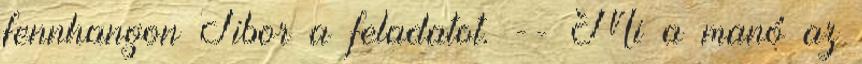
fennhangon Tibor a feladatot. -- Mi a manó az